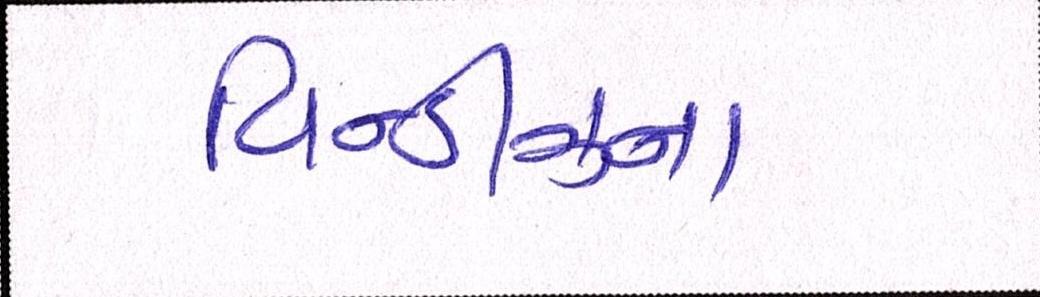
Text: વિન્ડીઝના